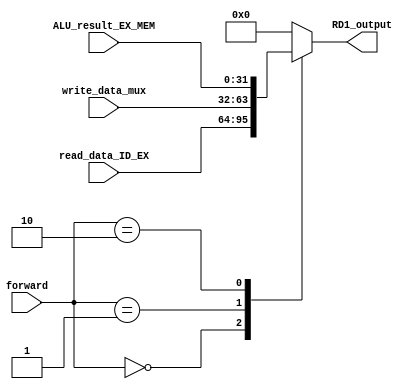
module FourMuxForward(input [31:0] read_data_ID_EX, input [31:0] write_data_mux, 
    input [31:0] ALU_result_EX_MEM, input[1:0] forward,
     output reg[31:0]RD1_output
     );
    
    always@(*)
    begin
    case (forward)
    2'b00 :RD1_output=read_data_ID_EX;
    2'b01 :RD1_output=write_data_mux;
    2'b10 :RD1_output=ALU_result_EX_MEM;
//    2'b11:

    default : RD1_output=0;
    endcase 
    end 
    endmodule